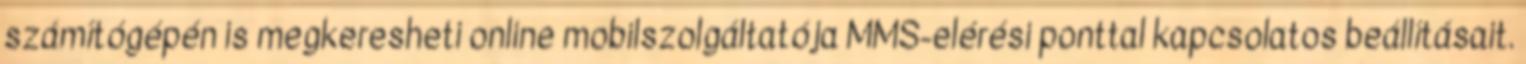
számítógépén is megkeresheti online mobilszolgáltatója MMS-elérési ponttal kapcsolatos beállításait.